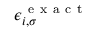
\epsilon _ { i , \sigma } ^ { \mathrm { ~ e ~ x ~ a ~ c ~ t ~ } }